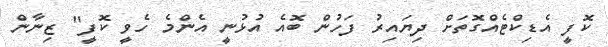
ކޮފީ އެޑިކްޓެއްގޮތަށް ދިޔައިރު ފަހުން ބޮއެ އުޅުނީ އެންމެ ހެވީ ކޮފީ" ޒިނާން